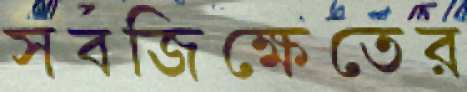
সবজিক্ষেতের